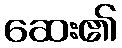
ဆေး၏